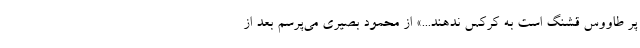
پر طاووس قشنگ است به کرکس ندهند...» از محمود بصیری می‌پرسم بعد از